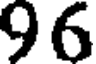
96